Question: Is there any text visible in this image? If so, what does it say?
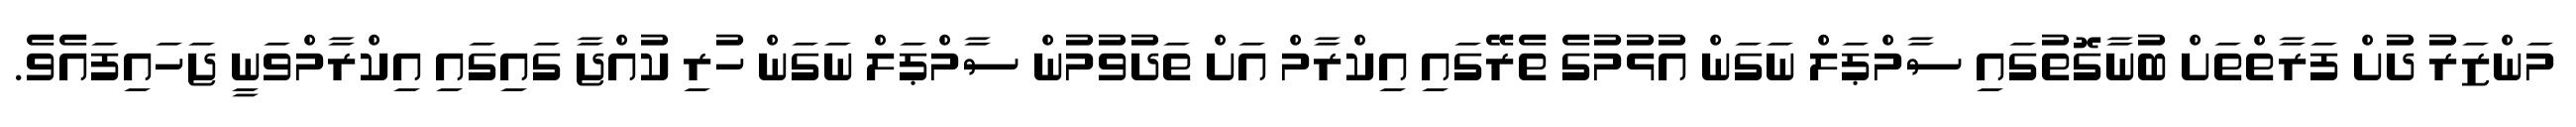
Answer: މަންޒަރު ދުށް ފަރާތްތަށް ބުނާގޮތުގައި ސާމްޕަލް ނަގަން އުޅުމުގެ ތެރޭގައި އިކްރާމް އަށް ތަދުވުމުން ސާމްޕަލް ނަގަން ހުރި ކުއްޖާ ގައިގައި އިކްރާމްވަނީ ޖަހައިފައެވެ.